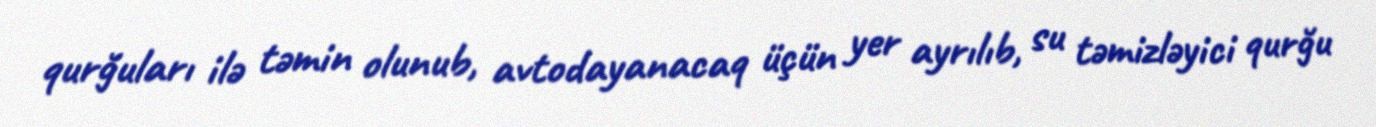
qurğuları ilə təmin olunub, avtodayanacaq üçün yer ayrılıb, su təmizləyici qurğu